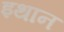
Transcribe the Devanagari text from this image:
इथान